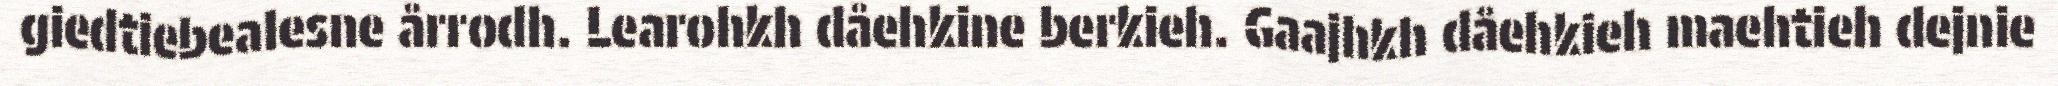
giedtiebealesne årrodh. Learohkh dåehkine berkieh. Gaajhkh dåehkieh maehtieh dejnie